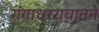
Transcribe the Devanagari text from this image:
गंगाधररावानने